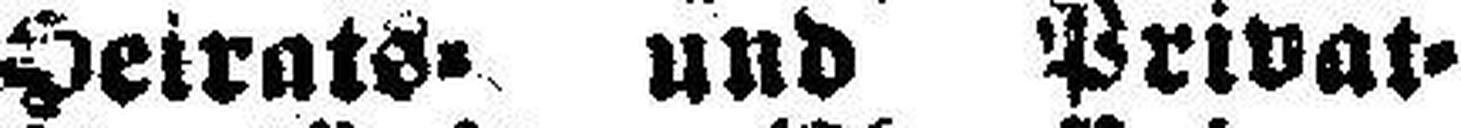
Heirats= und Privat=